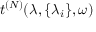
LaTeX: t ^ { ( N ) } ( \lambda , \{ \lambda _ { i } \} , \omega )